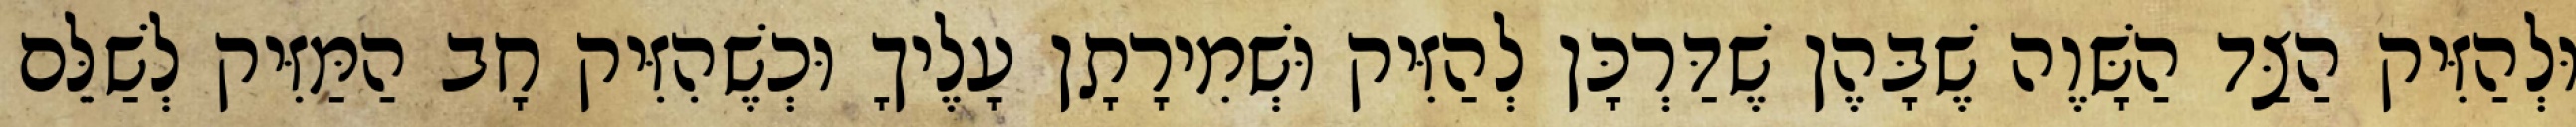
וּלְהַזִּיק הַצַּד הַשָּׁוֶה שֶׁבָּהֶן שֶׁדַּרְכָּן לְהַזִּיק וּשְׁמִירָתָן עָלֶיךָ וּכְשֶׁהִזִּיק חָב הַמַּזִּיק לְשַׁלֵּם